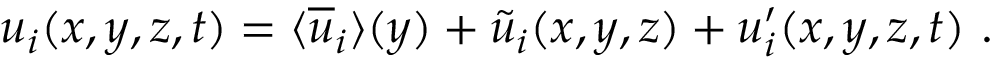
u _ { i } ( x , y , z , t ) = \textlangle \overline { { u } } _ { i } \textrangle ( y ) + \tilde { u } _ { i } ( x , y , z ) + u _ { i } ^ { \prime } ( x , y , z , t ) ~ .